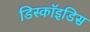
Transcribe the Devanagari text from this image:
डिस्कॉइडिस